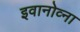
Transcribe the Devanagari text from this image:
इवानोव्ना